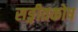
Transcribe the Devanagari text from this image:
सङ्गीतकोष